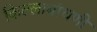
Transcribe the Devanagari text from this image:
किल्लाबांधणी